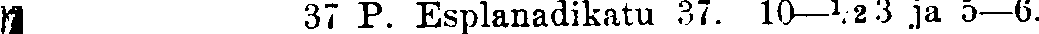
# 37 P. Esplanadikatu 37. 10—½3 ja 5—6.